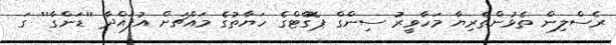
ރެސްލިން ތެޅުންތެރިޔާ މަހާވީރު ސިންގް ޕޮގާޓްގެ ހަޔާތުގެ މައްޗަށް އުފައްދާ ''ޑަންގާ'' ގަ